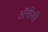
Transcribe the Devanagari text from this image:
अॅनीशी